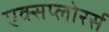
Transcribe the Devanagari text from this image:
एक्सप्लोरर्स